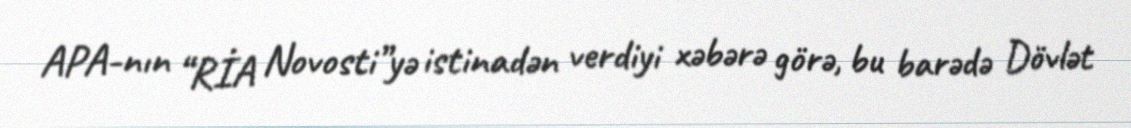
APA-nın “RİA Novosti”yə istinadən verdiyi xəbərə görə, bu barədə Dövlət